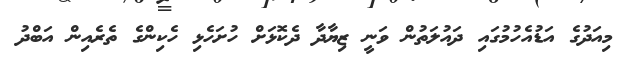
މިއަދުގެ އަޑުއެހުމުގައި ދައުލަތުން ވަނީ ޒިޔާދާ ދެކޮޅަށް ހުށަހެޅި ހެކިންގެ ތެރެއިން އަބްދު